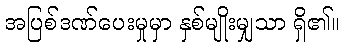
အပြစ်ဒဏ်ပေးမှုမှာ နှစ်မျိုးမျှသာ ရှိ၏။